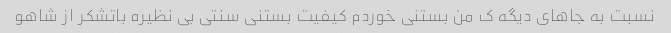
نسبت به جاهای دیگه ک من بستنی خوردم کیفیت بستنی سنتی بی نظیره باتشکر از شاهو